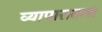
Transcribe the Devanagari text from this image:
व्यापारातला